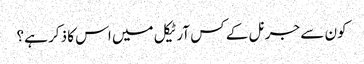
کون سے جرنل کے کس آرٹیکل میں اس کا ذکر ہے؟